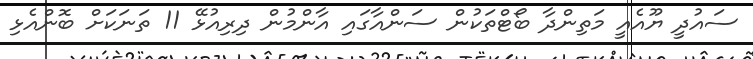
ސައުދީ ޔޫއެއީ މަތިންދާ ބޯޓްތަކުން ސަންއާގައި އާންމުން ދިރިއުޅޭ 11 ތަނަކަށް ބޮންއެޅި